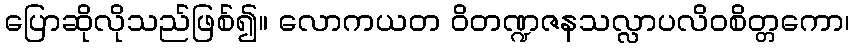
ပြောဆိုလိုသည်ဖြစ်၍။ လောကယတ ဝိတဏ္ဍဇနသလ္လာပလိဝစိတ္တကော၊